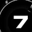
Digit: 7